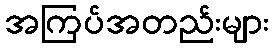
အကြပ်အတည်းများ